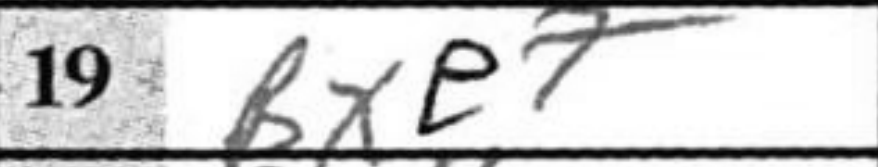
Transcription: Bxe7